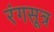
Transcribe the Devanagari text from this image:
रंगसूत्र